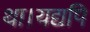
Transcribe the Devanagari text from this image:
था।यद्यपि